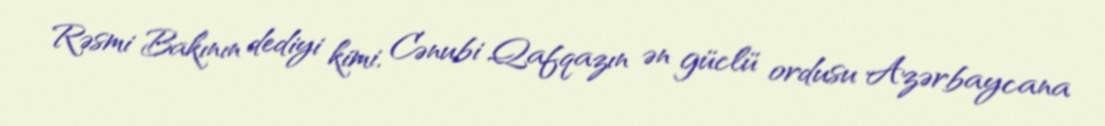
Rəsmi Bakının dediyi kimi, Cənubi Qafqazın ən güclü ordusu Azərbaycana